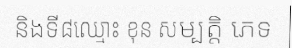
និងទី៨ឈ្មោះ ខុន សម្បត្តិ ភេទ